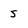
Character: 5